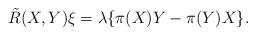
LaTeX: \begin{align*}\tilde{R}(X, Y)\xi=\lambda\{\pi(X)Y-\pi(Y)X\}.\end{align*}